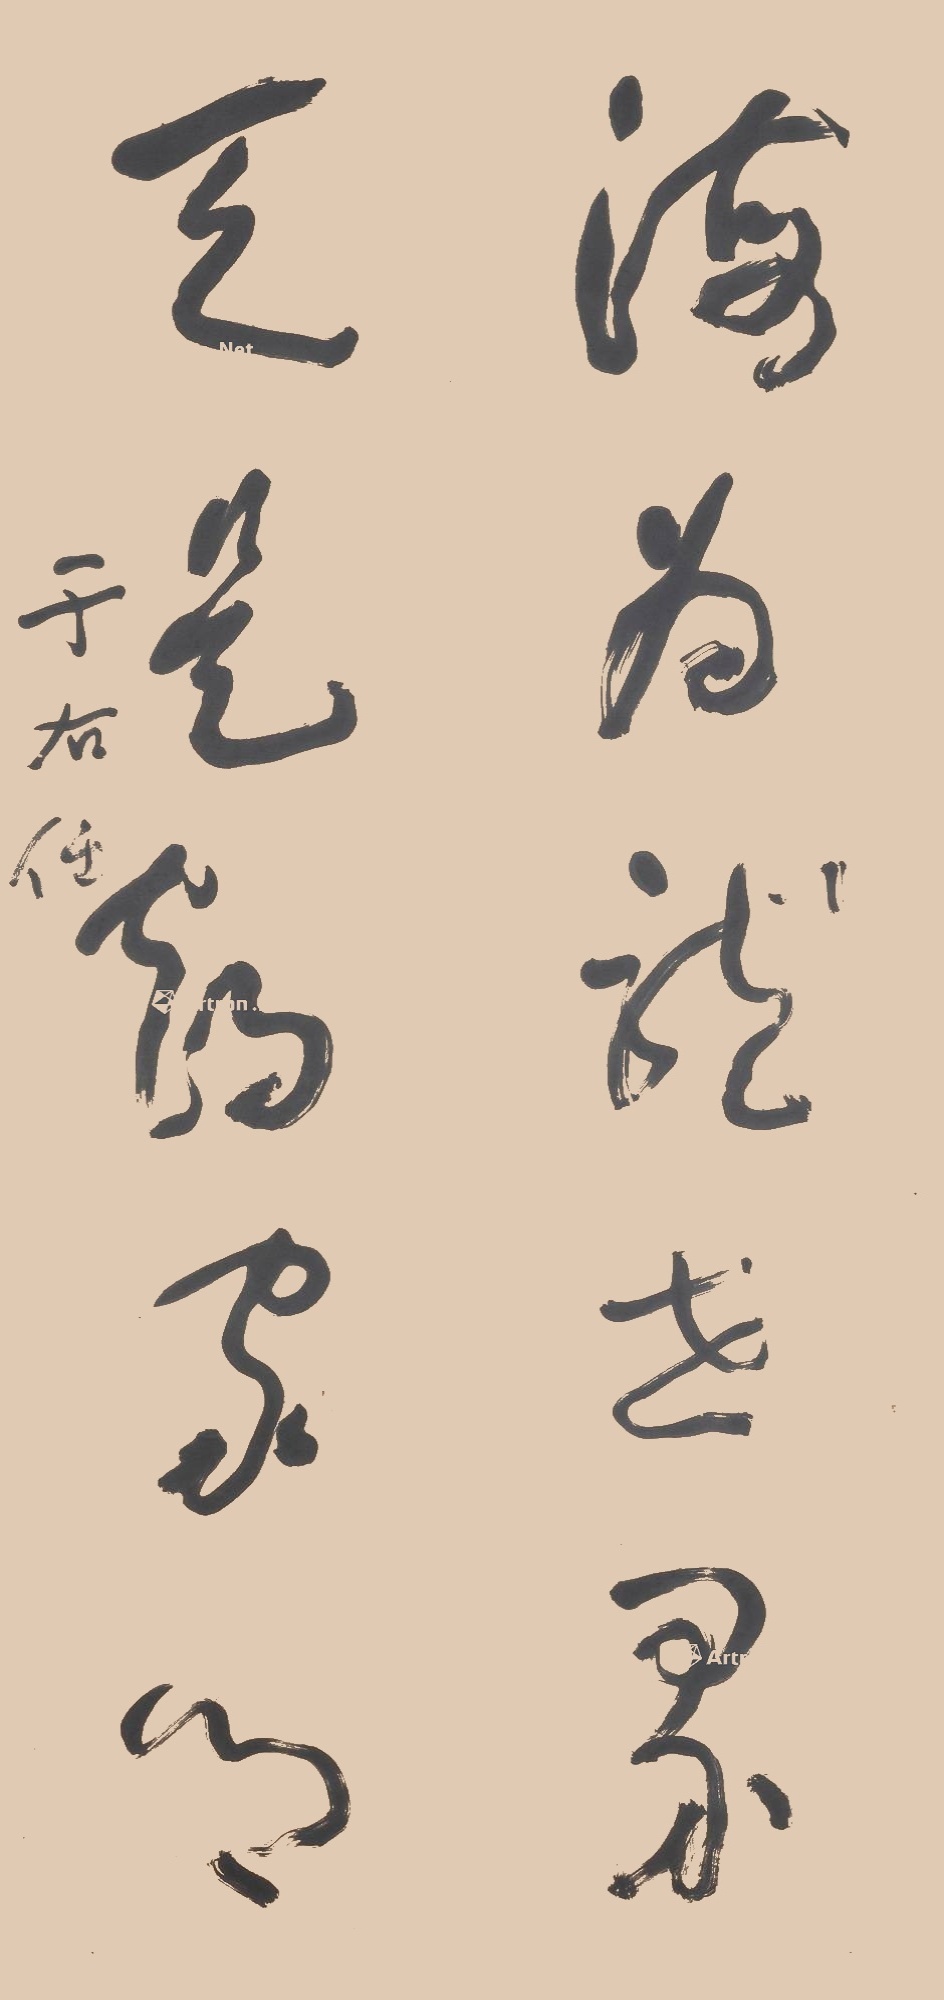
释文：海为龙世界，天是鹤家乡。于右任。